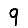
Digit: 9